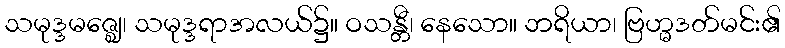
သမုဒ္ဒမဇ္ဈေ၊ သမုဒ္ဒရာအလယ်၌။ ဝသန္တီ၊ နေသော။ ဘရိယာ၊ ဗြဟ္မဒတ်မင်း၏